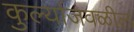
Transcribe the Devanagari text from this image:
कुर्ल्याजवळील